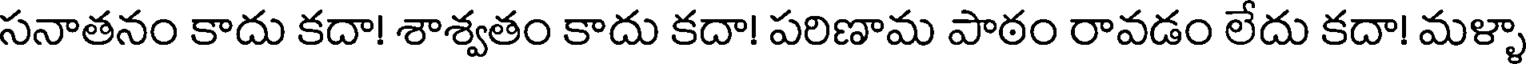
సనాతనం కాదు కదా! శాశ్వతం కాదు కదా! పరిణామ పాఠం రావడం లేదు కదా! మళ్ళా